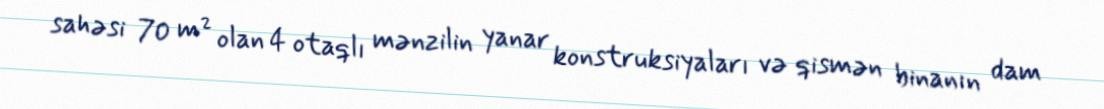
sahəsi 70 m² olan 4 otaqlı mənzilin yanar konstruksiyaları və qismən binanın dam